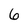
Character: 6